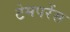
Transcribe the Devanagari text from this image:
टेमपरेंस